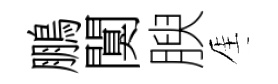
鵬闃腴厓